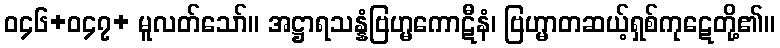
ဝ၄၆+ဝ၄၇+ မူလတ်သော်။ အဋ္ဌာရသန္နံဗြဟ္မကောဋီနံ၊ ဗြဟ္မာတဆယ့်ရှစ်ကုဋေတို့၏။